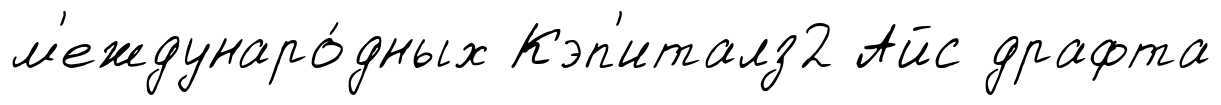
м'еждунаро́дных Кэп'италз2 Айс драфта